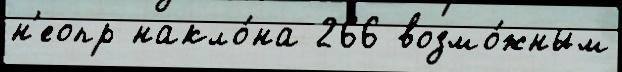
н'еопр накло́на 266 возмо́жным